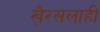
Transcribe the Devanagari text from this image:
खै़रसलाही